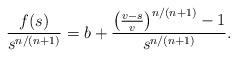
LaTeX: \begin{align*}\frac{f(s)}{s^{n/(n+1)}}=b+\frac{\big(\frac{v-s}{v}\big)^{n/{(n+1)}}-1}{s^{n/(n+1)}}.\end{align*}